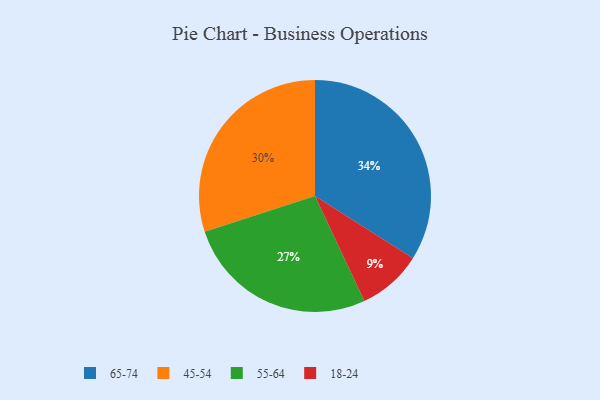
{"axis": {"x": "Category", "y": "Percentage"}, "legend": ["18-24", "45-54", "55-64", "65-74"], "data": [{"x": "18-24", "y": 9, "type": "18-24"}, {"x": "65-74", "y": 34, "type": "65-74"}, {"x": "55-64", "y": 27, "type": "55-64"}, {"x": "45-54", "y": 30, "type": "45-54"}]}